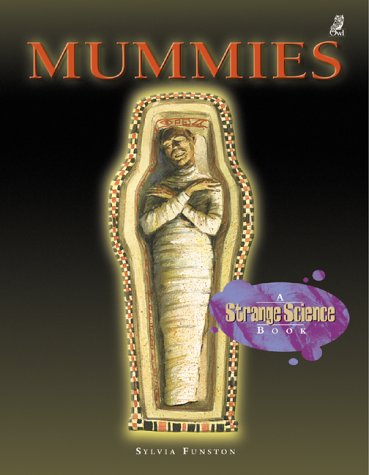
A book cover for Mummies: A Strange Science Book; Sylvia Funston; Children's Books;